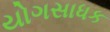
યોગસાધક